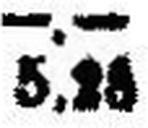
5.28